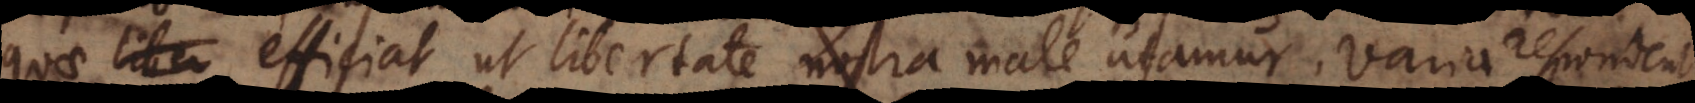
quae liber efficiat ut libertate nostra male utamur. Varia respondent